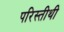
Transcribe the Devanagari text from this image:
परिस्तीथी